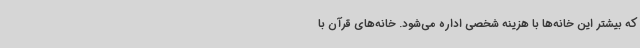
که بیشتر این خانه‌ها با هزینه شخصی اداره می‌شود. خانه‌های قرآن با